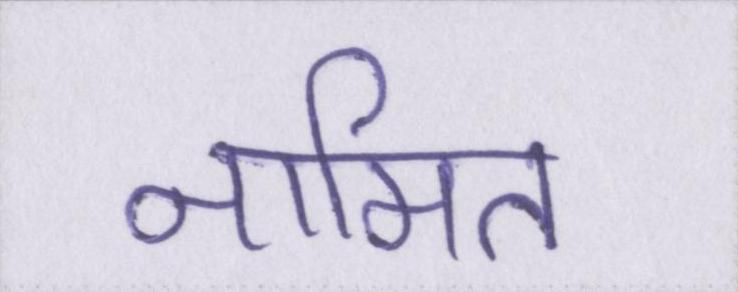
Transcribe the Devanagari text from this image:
नामित